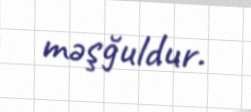
məşğuldur.